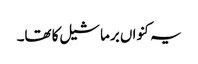
یہ کنواں برما شیل کا تھا۔